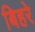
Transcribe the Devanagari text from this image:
बिहरे